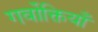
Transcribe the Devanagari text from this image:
गर्वोक्तियाँ